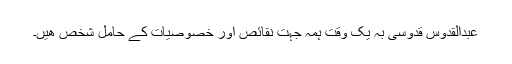
عبدالقدوس قدوسی بہ یک وقت ہمہ جہت نقائص اور خصوصیات کے حامل شخص ھیں۔